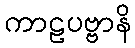
ကာဠပဗ္ဗာနိ